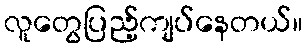
လူတွေပြည့်ကျပ်နေတယ်။